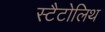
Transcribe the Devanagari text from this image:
स्टैटोलिथ